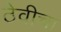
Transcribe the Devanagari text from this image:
ठेवीचा